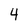
Character: 4